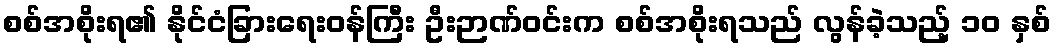
စစ်အစိုးရ၏ နိုင်ငံခြားရေးဝန်ကြီး ဦးဉာဏ်ဝင်းက စစ်အစိုးရသည် လွန်ခဲ့သည့် ၁၀ နှစ်